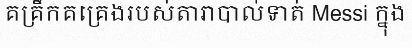
គគ្រឹកគគ្រេងរបស់តារាបាល់ទាត់ Messi ក្នុង